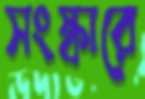
সংস্কারে